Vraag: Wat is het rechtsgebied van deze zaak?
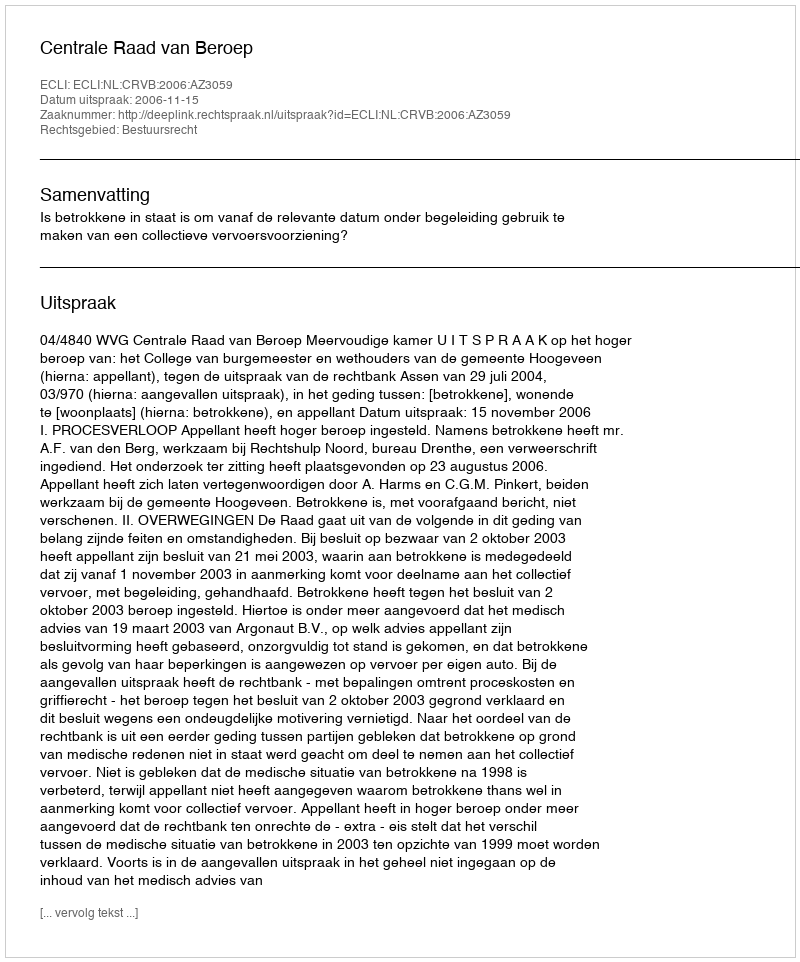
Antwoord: Bestuursrecht